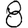
Digit: 8